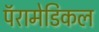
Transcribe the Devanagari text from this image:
पॅरामेडिकल